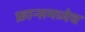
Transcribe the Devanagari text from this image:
फ्रान्समध्येच